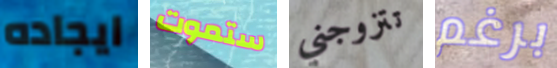
ايجاده ستموت تتزوجني برغم